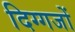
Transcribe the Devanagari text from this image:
दिग्‍गजों